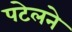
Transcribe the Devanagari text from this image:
पटेलने